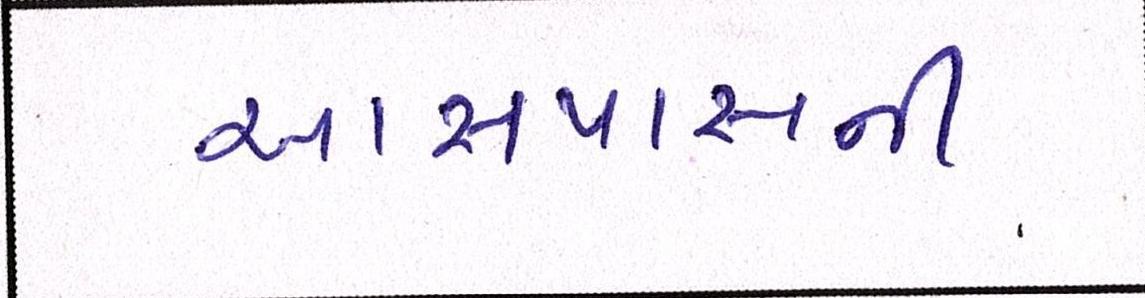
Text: આસપાસની